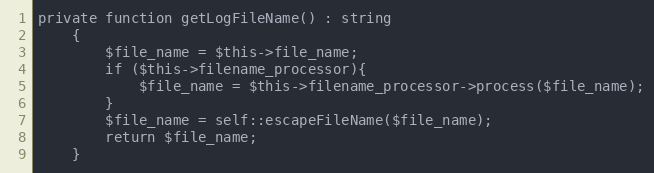
Language: PHP
private function getLogFileName() : string
    {
        $file_name = $this->file_name;
        if ($this->filename_processor){
            $file_name = $this->filename_processor->process($file_name);
        }
        $file_name = self::escapeFileName($file_name);
        return $file_name;
    }